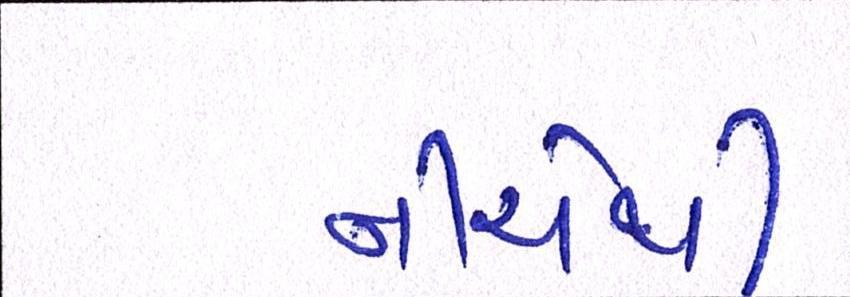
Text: નીચેથી